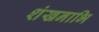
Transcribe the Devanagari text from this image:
शंखनाभि